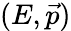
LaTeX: (E,{\vec{p}})